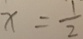
x = \frac { 1 } { 2 }